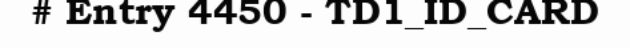
# Entry 4450 - TD1_ID_CARD